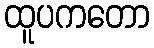
ထူပကတော